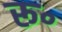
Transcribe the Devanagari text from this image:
रू॰